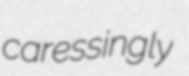
caressingly